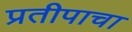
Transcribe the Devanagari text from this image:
प्रतीपाचा